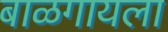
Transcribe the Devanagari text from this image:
बाळगायला